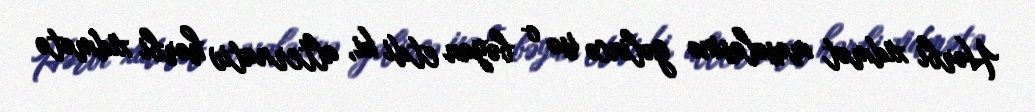
Hərbi xidmət məsələsinə gəlincə isə o bəyan etdi ki, alternativ hərbi xidmətə